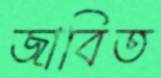
জাবিত